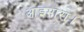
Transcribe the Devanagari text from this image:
आइमारा।